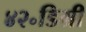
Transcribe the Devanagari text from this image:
४२॰डिग्री